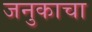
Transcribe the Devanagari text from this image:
जनुकाचा